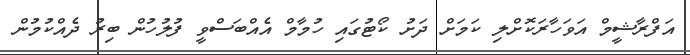
އަފްރާޝީމް އަވަހާރަކޮށްލި ކަމަށް ދަށު ކޯޓުގައި ހުމާމް އެއްބަސްވީ ފުލުހުން ބިރު ދެއްކުމުން